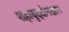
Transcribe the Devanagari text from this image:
शहाबुद्दीनखान